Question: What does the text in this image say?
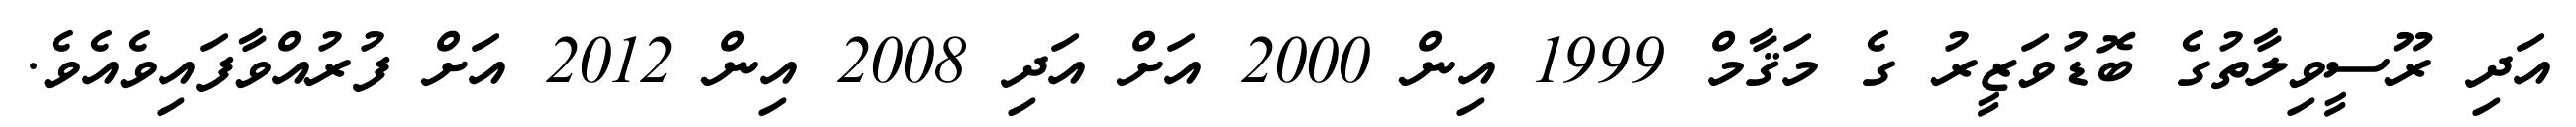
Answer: އަދި ރޫސީވިލާތުގެ ބޮޑުވަޒީރު ގެ މަޤާމް 1999 އިން 2000 އަށް އަދި 2008 އިން 2012 އަށް ފުރުއްވާފައިވެއެވެ.